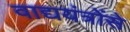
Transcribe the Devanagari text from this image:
वाद्ययंत्रोंसे